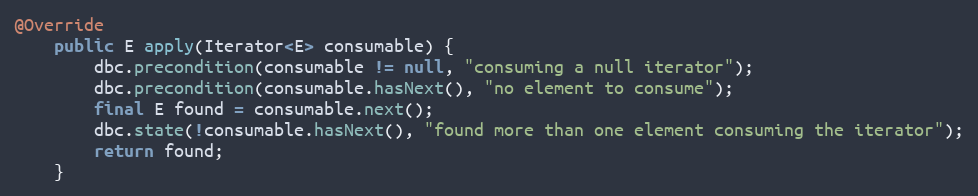
Language: Java
@Override
    public E apply(Iterator<E> consumable) {
        dbc.precondition(consumable != null, "consuming a null iterator");
        dbc.precondition(consumable.hasNext(), "no element to consume");
        final E found = consumable.next();
        dbc.state(!consumable.hasNext(), "found more than one element consuming the iterator");
        return found;
    }